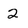
Character: 2